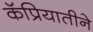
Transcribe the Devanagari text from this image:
कॅप्रियातीने